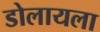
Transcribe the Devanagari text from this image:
डोलायला